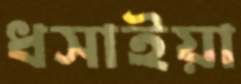
ধসাইয়া